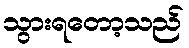
သွားရတော့သည်